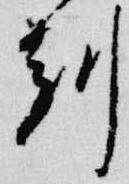
刻